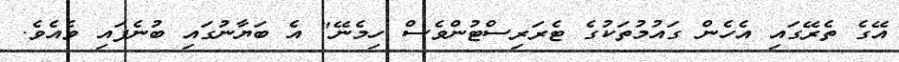
އޭގެ ތެރޭގައި އެހެން ގައުމުތަކުގެ ޓެރަރިސްޓުންވެސް ހިމެނޭ" އެ ބަޔާނުގައި ބުނެފައި ވެއެވެ.